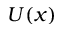
U ( x )